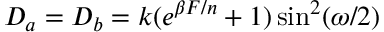
D _ { a } = D _ { b } = k ( e ^ { \beta F / n } + 1 ) \sin ^ { 2 } ( \omega / 2 )